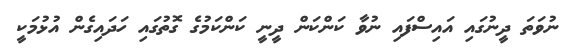
ނުވަތަ ދީނުގައި އައިސްފައި ނުވާ ކަންކަން ދީނީ ކަންކަމުގެ ގޮތުގައި ހަދައިގެން އުޅުމަކީ